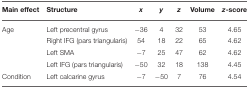
| Main effect | Structure | x | y | z | Volume | z-score |
 | --- | --- | --- | --- | --- | --- | --- |
 | Age | Left precentral gyrus | −36 | 4 | 32 | 53 | 4.65 |
 |  | Right IFG (pars triangularis) | 54 | 18 | 22 | 65 | 4.62 |
 |  | Left SMA | −7 | 25 | 47 | 62 | 4.62 |
 |  | Left IFG (pars triangularis) | −50 | 32 | 18 | 138 | 4.45 |
 | Condition | Left calcarine gyrus | −7 | −50 | 7 | 76 | 4.54 |